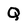
Character: Q